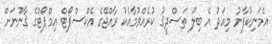
އެމަނިކުފާނު މިއަދު އެ ބިލު ތަސްދީޤު ކުރެއްވުމާއެކު ރާއްޖޭގެ އެކްސްޕޯޓް އިމްޕޯޓްގެ ޤާނޫނަށް